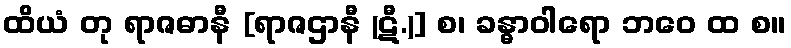
ထိယံ တု ရာဇဓာနီ [ရာဇဌာနီ (ဋီ.)] စ၊ ခန္ဓာဝါရော ဘဝေ ထ စ။